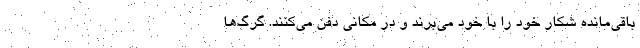
باقی‌مانده شکار خود را با خود می‌برند و در مکانی دفن می‌کنند. گرگ‌ها